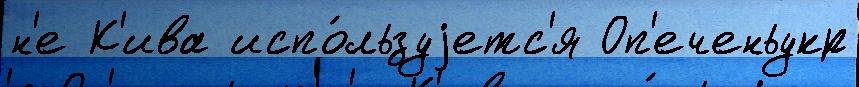
н'е К'ива испо́льзуjетс'я Оп'еченьукр